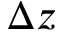
\Delta z